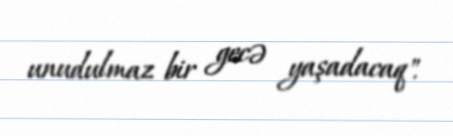
unudulmaz bir gecə yaşadacaq".